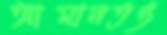
আমানতও